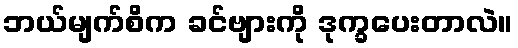
ဘယ်မျက်စိက ခင်ဗျားကို ဒုက္ခပေးတာလဲ။